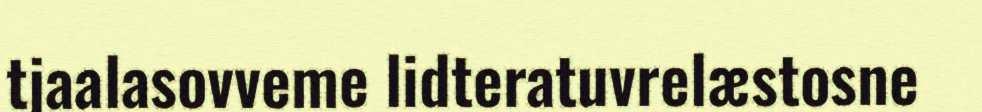
tjaalasovveme lidteratuvrelæstosne